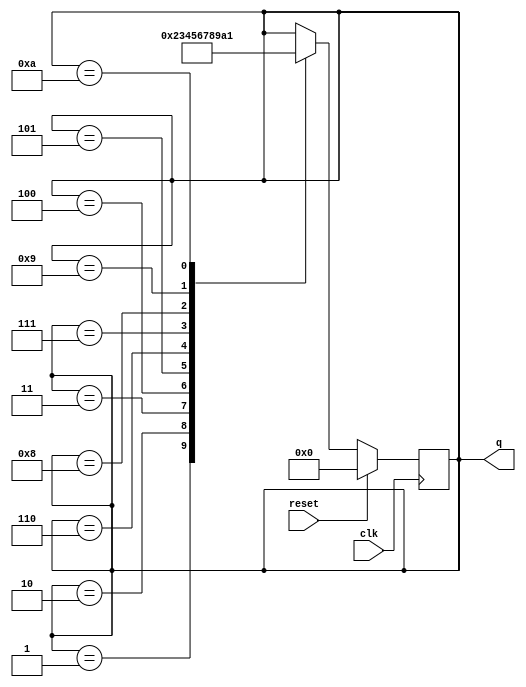
module top_module (
    input            clk,
    input            reset,  // Synchronous active-high reset
    output reg [3:0] q
);
  always @(posedge clk) begin
    if (reset) begin
      q <= 0;
    end else begin
      case (q)
        4'b0001: q <= 4'b0010;
        4'b0010: q <= 4'b0011;
        4'b0011: q <= 4'b0100;
        4'b0100: q <= 4'b0101;
        4'b0101: q <= 4'b0110;
        4'b0110: q <= 4'b0111;
        4'b0111: q <= 4'b1000;
        4'b1000: q <= 4'b1001;
        4'b1001: q <= 4'b1010;
        4'b1010: q <= 4'b0001;
      endcase
    end
  end
endmodule